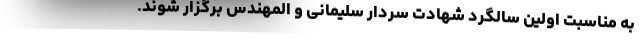
به مناسبت اولین سالگرد شهادت سردار سلیمانی و المهندس برگزار شوند.